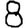
Digit: 8